Report on sanitation, dispensaries, and jails in Rajputana for 1911, and on vaccination for the year 1911-1912 - 1911-1912
Year: 1911
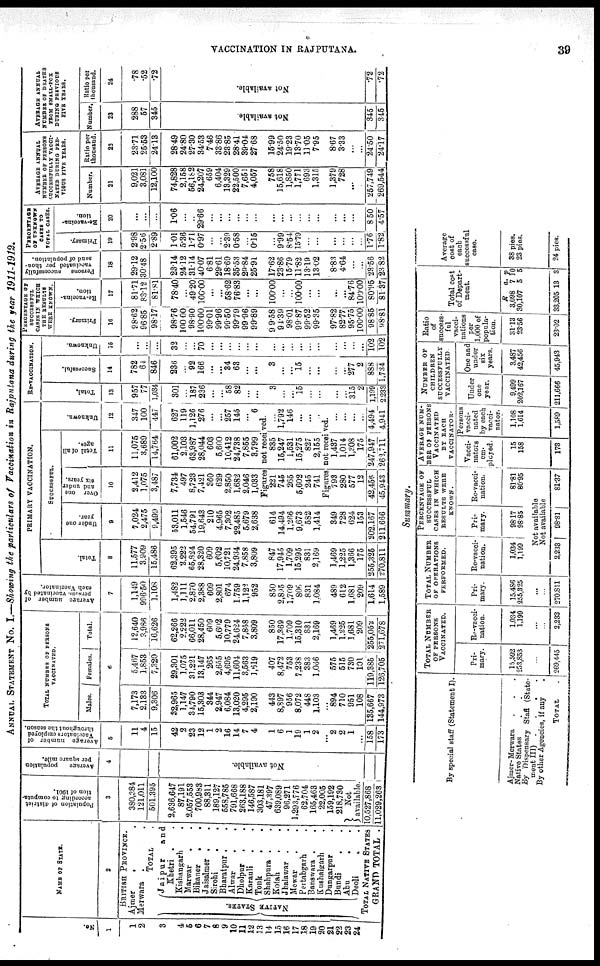
VACCINATION IN RAJPUTANA.
39
ANNUAL STATEMENT No. I.—Showing the particulars of Vaccination in Rajputana during the year
1911-1912.
No.
1
1
2
3
4
5
6
7
8
9
10
11
12
13
14
15
16
17
18
19
20
21
22 23
24
NAME OF STATE.
2
BRITISH PROVINCE.
Ajmer
. .
Merwara . .
TOTAL .
NATIVE STATES.
Jaipur
and
Khetri . .
Kishangarh .
Marwar . .
Bikaner
. .
Jaisalmer .
.
Sirohi
. .
Bharatpur . .
Alwar
.
.
Dholpur
. .
Karauli
. .
Tonik
. .
Shahpura . .
Kotah
. .
Jhalawar . .
Mewar
.
.
Pertabgarh .
Banswara . .
Kushalgrarh
Dungarpur .
Bundi
. .
Abu
. .
Deoli
. .
TOTAL NATIVE STATES
GRAND TOTAL .
Population of district
according to computa-
tion of 1901.
3
380,384
121,011
501,395
2,636,647
87,191
2,057,553
700,983
88,311
189,127
558,785
791,668
263,188
146,587
303,181
47,397
639,089
96,271
1,293,776
62,704
165,463
22,005
159,192
218,730
Not
available.
10,527,868
11,029,263
A verage population
per square mile.
4
Not available.
Average number of
Vaccinators employed
throughout the season.
5
11
4
15
42
2
23
12
1
2
16
14
7
4
1
6
1
19
1
2
...
2
2
1
...
158
173
TOTAL NUMBER OF PERSONS
VACCINATED.
Males.
Females.
Total.
6
7,173
2,133
9,306
32,965
1,147
34,790
15,303
344
2,947
6,084
13,020
4,295
2,190
443
8,897
956
8,072
448
1,103
...
894
710
951
108
135,667
144,973
5,467
1,853
7,320
29,301
1,075
31,221
13,147
265
2,655
4,695
11,604
3,563
1,619
407
8,472
753
7,238
383
1,066
...
575
515
730
101
119 385
126,705
12,640
3,986
16,626
62,266
2,222
66,011
28,450
609
5,602
10,779
24,624
7,858
3,809
850
17,369
1,709
15,310
831
2,169
1,469
1,225
1,681
209
255,052
271,678
Average number of
persons vaccinated by
each Vaccinator.
7
1,149
996.50
1,108
1,482
1,111
2,870
2,388
609
2,801
674
1,759
1,122
952
850
2,895
1,709
806
831
1,084
489
612
1,681
209
1,614
1,589
PRIMARY VACCINATION.
Total.
8
11,577
3,909
15,486
62,395
2,222
65,324
28,320
609
5,602
10,721
24,934
7,858
3,809
847
17,945
1,709
15,295
831
2,169
1,469
1,225
1,366
175
255,325
270,811
SUCCESSFUL.
Under one
year.
9
7,024
2,475
9,499
53,011
1,546
54,791
19,643
210
4,965
7,302
22,485
5,679
2,638
614
14,494
1,266
9,673
582
1,414
349
728
624
153
202,167
211,666
Over one
and under
six years.
10
2,412
1,075
3,487
7,734
497
8,723
7,421
360
629
2,850
1,682
2,046
1,033
Total of all
ages.
11
11,075
3,689
14,764
61,002
2,103
63,987
28,044
603
5,600
10,412
24,738
7,855
3,799
Unknown.
12
347
100
447
627
119
1,126
276
...
...
257
145
...
6
Figures not received.
221
745
265
5,602
245
741
835
15,247
1,531
15,275
827
2,155
...
1,792
146
...
...
...
Figures not received.
793
280
577
12
42,456
45,943
1,437
1,014
1,308
175
247,947
262,711
...
...
...
...
4,494
4,941
RE-VACCINATION.
Total.
13
957
77
1,034
301
...
187
236
...
...
58
82
...
...
3
...
...
15
...
...
...
...
315
2
1,199
2,233
Successful.
14
782
64
846
236
...
92
166
...
...
34
63
...
...
3
...
...
15
...
...
...
...
277
2
888
1,734
Unknown.
15
...
...
...
32
...
...
70
...
...
...
...
...
...
...
...
...
...
...
...
...
...
...
...
102
102
PERCENTAGE OF
SUCCESSFUL
CASES IN WHICH
THE RESULTS
WERE KNOWN.
Primary.
16
98.62
96.85
98.17
98.76
100.00
98.90
100.00
99.01
99.96
99.50
99.79
99.96
99.89
99.58
94.39
98.01
99.87
99.52
99.35
97.82
82.77
95.75
100.00
98.85
98.81
Re-vaccina-
tion.
17
81.71
83.12
81.81
78.40
...
49.20
100.00
...
...
58.62
76.83
...
...
100.00
...
...
100.00
...
...
...
...
84.76
100.00
80.95
81.37
Persons
successfully
vaccinated per thou-
sand of population.
18
29.12
30.48
23.14
24.12
31.14
40.07
6.81
29.61
18.69
35.53
29.84
25.91
17.62
23.86
15.79
11.82
13.19
13.02
8.83
4.64
...
...
23.56
23.82
PERCENTAGE
OF UNKNOWN
CASES TO
TOTAL CASES.
Primary.
19
2.98
2.56
2.89
1.01
5.36
1.71
0.97
...
...
2.39
0.58
...
0.15
...
9.99
8.54
15.79
...
...
...
...
...
...
1.76
1.82
Re-vaccina-
tion.
20
...
...
...
1.06
...
...
29.66
...
...
...
...
...
...
...
...
...
...
...
...
...
...
...
...
8.50
4.57
AVERAGE ANNUAL
NUMBER OF PERSONS
SUCCESSFULLY VACCI-
NATES DURING PRE¬
VIOUS FIVE YEARS.
Number.
21
9,021
3,081
12,100
74,828
2,158
56,182
24,207
659
6,404
13,329
22,500
7,651
4,057
758
15,618
1,850
1,771
693
1,315
1,379
728
...
...
257,749
269,544
Ratio per
thousand.
22
23.71
25.53
24.13
28.49
24.80
27.30
34.53
7.46
33.86
23.85
28.41
39.04
27.68
15.99
24.50
19.23
13.70
11.05
7.95
8.67
3.33
...
...
24.50
24.17
AVERAGE ANNUAL
NUMBER OF DEATHS
FROM SMALL-POX
DURING PERVIOUS
FIVE YEARS.
Number.
23
288
57
345
Not available.
345
345
Ratio per
thousand.
24
.78
.52
.72
Not available.
.72
.72
Summary.
By special staff (Statement I).
Ajmer-Merwara . . .
Native States . . .
By Dispensary Staff (State-
ment III) . . . .
By other Agencies, if any
TOTAL .
TOTAL NUMBER
OF PERSONS
VACCINATED.
Pri-
mary.
15,592
253,853
...
...
269,445
Re-vacci-
nation.
1,034
1,199
...
...
2,233
TOTAL NUMBER
OF OPERATIONS
PERFORMED.
Pri-
mary.
15,486
255,325
...
...
270,811
Re-vacci-
nation.
1,034
1,199
PERCENTAGE OF
SUCCESSFUL
CASES IN WHICH
RESULTS WERE
KNOWN.
Pri-
mary.
98.17
98.85
Re-vacci-
nation.
81.81
80.95
Not available
Not available
2,233
98.81
81.37
AVERAGE NUM-
BER OF PERSONS
VACCINATED
BY EACH
VACCINATOR.
Vacci-
nators
em-
ployed.
15
158
173
Persons
vacci-
nated
by each
vacci-
nator.
1,108
1,614
1,589
NUMBER OF
CHILDREN
SUCCESSFULLY
VACCINATED
Under
one
year.
9,499
202,167
211,666
One and
under
six
years.
3,487
42,456
45,943
Ratio
of
success-
ful
vacci-
nations
per
1,000 of
popula-
tion.
31.13
23.56
23.02
Total cost
of Depart-
ment.
R
3,098
30,107
a.
7
5
p.
10
5
33,205 13 3
Average
cost of
each
successful
case.
38 pies.
23 pies.
24 pies.